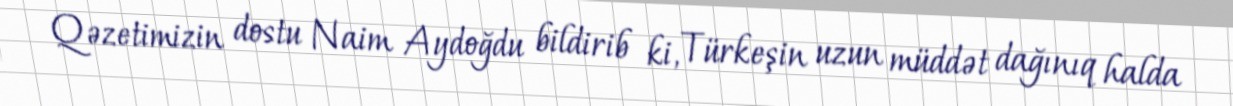
Qəzetimizin dostu Naim Aydoğdu bildirib ki, Türkeşin uzun müddət dağınıq halda